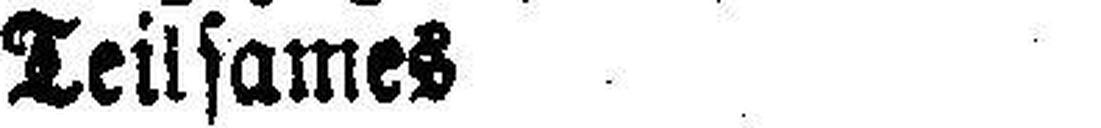
Teilsames